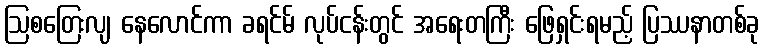
ဩစတြေးလျ နေလောင်ကာ ခရင်မ် လုပ်ငန်းတွင် အရေးတကြီး ဖြေရှင်းရမည့် ပြဿနာတစ်ခု